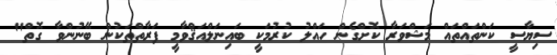
ސިޔާސީ ކަންތައްތައް މަޝްވަރާ ކޮށްގެން ހައްލު ކުރުމަކީ ބައިނަލްއަޤްވާމީ ފަރާތްތަކުން ބޭނުންވާ ގޮތް"